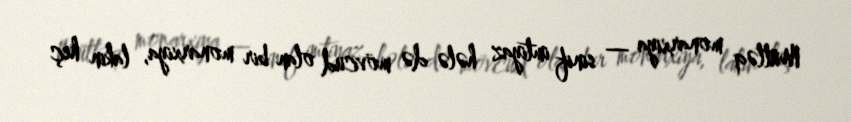
Mütləq monarxiya — sinif imtiyaz hələ də mövcud olan bir monarxiya, lakin heç